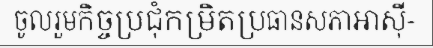
ចូលរួមកិច្ចប្រជុំកម្រិតប្រធានសភាអាស៊ី-